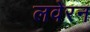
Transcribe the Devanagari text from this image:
लवेरन